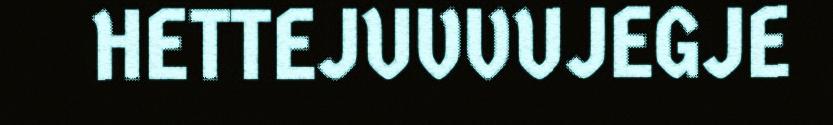
HETTEJUVVUJEGJE